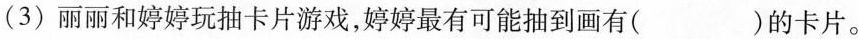
(3)丽丽和婷婷玩抽卡片游戏，婷婷最有可能抽到画有( )的卡片。